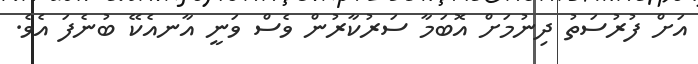
އަށް ފުރުސަތު ދިނުމަށް އޮބަމާ ސަރުކާރުން ވެސް ވަނީ އާނއެކޭ ބުނެފަ އެވެ.